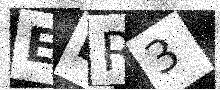
Text: ELR3